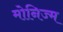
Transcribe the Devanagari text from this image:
मोनिज्म